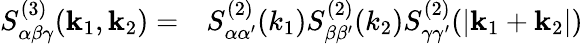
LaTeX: \begin{array}{rl}{S_{\alpha\beta\gamma}^{(3)}(\mathbf{k}_{1},\mathbf{k}_{2})=}&{{}S_{\alpha\alpha^{\prime}}^{(2)}({k}_{1})S_{\beta\beta^{\prime}}^{(2)}({k}_{2})S_{\gamma\gamma^{\prime}}^{(2)}(|\mathbf{k}_{1}+\mathbf{k}_{2}|)}\end{array}